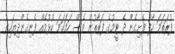
ފުރަތަމަ ހާފު ފެށިގެން ދެ ޓީމުގެ ފަރާތުން ވެސް ހަމަހަމަ ކުޅުމެއް ފެނިގެންދިޔައިރު